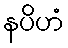
နပိဟံ